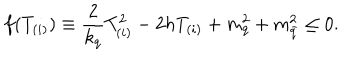
f ( T _ { ( i ) } ) \equiv { \frac { 2 } { k _ { q } } } T _ { ( i ) } ^ { 2 } - 2 h T _ { ( i ) } + m _ { q } ^ { 2 } + m _ { \bar { q } } ^ { 2 } \leq 0 .